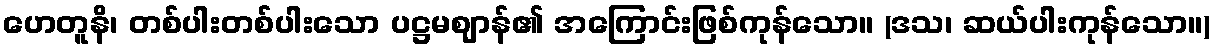
ဟေတူနိ၊ တစ်ပါးတစ်ပါးသော ပဋ္ဌမဈာန်၏ အကြောင်းဖြစ်ကုန်သော။ (ဒသ၊ ဆယ်ပါးကုန်သော။)